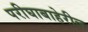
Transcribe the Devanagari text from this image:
परीघाबाहेरील